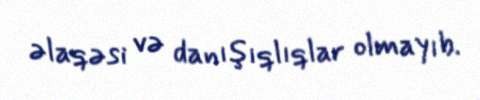
əlaqəsi və danışıqlıqlar olmayıb.